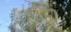
હૉકી